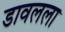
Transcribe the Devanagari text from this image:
डावलला